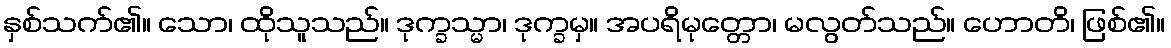
နှစ်သက်၏။ သော၊ ထိုသူသည်။ ဒုက္ခသ္မာ၊ ဒုက္ခမှ။ အပရိမုတ္တော၊ မလွတ်သည်။ ဟောတိ၊ ဖြစ်၏။